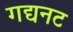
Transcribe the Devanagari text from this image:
गद्यनट